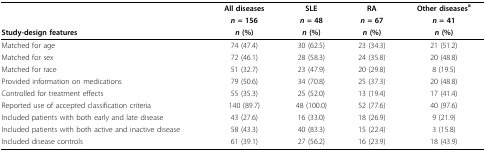
|  | All diseases | SLE | RA | Other diseasesa |
 |  | n = 156 | n = 48 | n = 67 | n = 41 |
 | Study-design features | n (%) | n (%) | n (%) | n (%) |
 | --- | --- | --- | --- | --- |
 | Matched for age | 74 (47.4) | 30 (62.5) | 23 (34.3) | 21 (51.2) |
 | Matched for sex | 72 (46.1) | 28 (58.3) | 24 (35.8) | 20 (48.8) |
 | Matched for race | 51 (32.7) | 23 (47.9) | 20 (29.8) | 8 (19.5) |
 | Provided information on medications | 79 (50.6) | 34 (70.8) | 25 (37.3) | 20 (48.8) |
 | Controlled for treatment effects | 55 (35.3) | 25 (52.0) | 13 (19.4) | 17 (41.4) |
 | Reported use of accepted classification criteria | 140 (89.7) | 48 (100.0) | 52 (77.6) | 40 (97.6) |
 | Included patients with both early and late disease | 43 (27.6) | 16 (33.0) | 18 (26.9) | 9 (21.9) |
 | Included patients with both active and inactive disease | 58 (43.3) | 40 (83.3) | 15 (22.4) | 3 (15.8) |
 | Included disease controls | 61 (39.1) | 27 (56.2) | 16 (23.9) | 18 (43.9) |